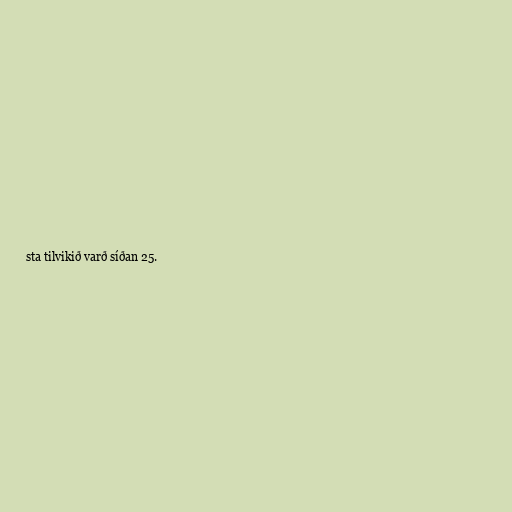
sta tilvikið varð síðan 25.